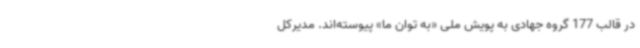
در قالب 177 گروه جهادی به پویش ملی «به توان ما» پیوسته‌اند. مدیرکل